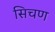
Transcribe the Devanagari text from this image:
सिचण